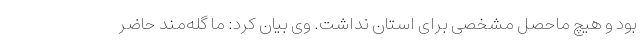
بود و هیچ ماحصل مشخصی برای استان نداشت. وی بیان کرد: ما گله‌مند حاضر